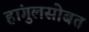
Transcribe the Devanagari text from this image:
हांगुलसोबत